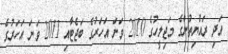
އަދި ރައްޔިތުންގެ މަޖިލީހުގެ 2010 ވަނަ އަހަރުގެ ބަޖެޓާއި 2011 ވަނަ އަހަރުގެ